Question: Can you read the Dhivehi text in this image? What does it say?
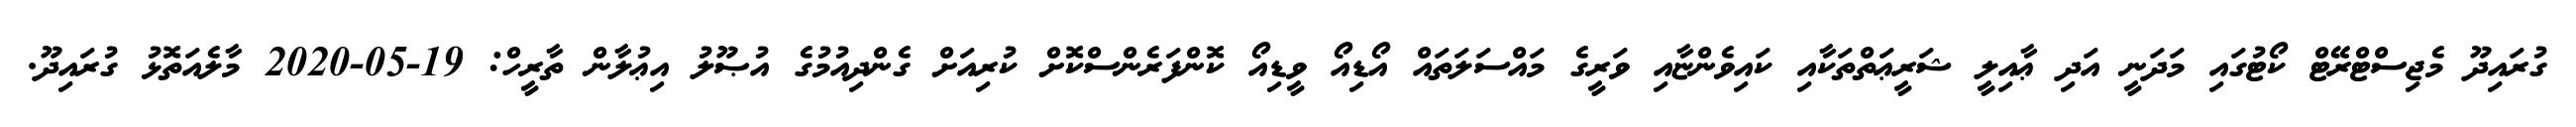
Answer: ގުރައިދޫ މެޖިސްޓްރޭޓް ކޯޓުގައި މަދަނީ އަދި ޢާއިލީ ޝަރީޢަތްތަކާއި ކައިވެންޏާއި ވަރީގެ މައްސަލަތައް އޯޑިއޯ ވީޑިއޯ ކޮންފަރެންސްކޮށް ކުރިއަށް ގެންދިއުމުގެ އުޞޫލު އިޢުލާން ތާރީހް: 19-05-2020 މާލެއަތޮޅު ގުރައިދޫ.